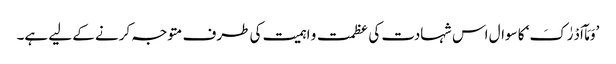
’وَمَآ اَدْرٰکَ‘ کا سوال اس شہادت کی عظمت و اہمیت کی طرف متوجہ کرنے کے لیے ہے۔